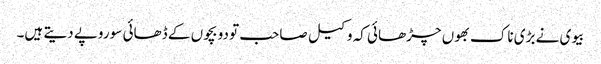
بیوی نے بڑی ناک بھوں چڑھائی کہ وکیل صاحب تو دو بچوں کے ڈھائی سو روپے دیتے ہیں۔